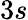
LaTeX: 3s